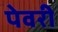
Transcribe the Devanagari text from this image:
पेवरी